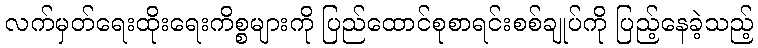
လက်မှတ်ရေးထိုးရေးကိစ္စများကို ပြည်ထောင်စုစာရင်းစစ်ချုပ်ကို ပြည့်နေခဲ့သည့်